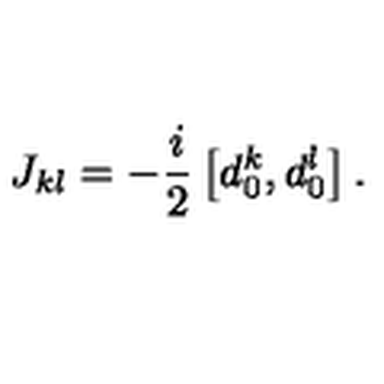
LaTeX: J _ { k l } = - \frac { i } { 2 } \left[ d _ { 0 } ^ { k } , d _ { 0 } ^ { l } \right] .